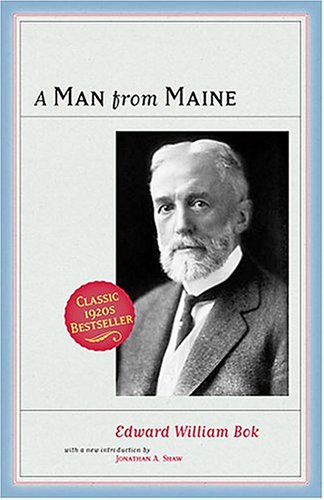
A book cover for A Man from Maine; Edward William Bok; Humor & Entertainment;